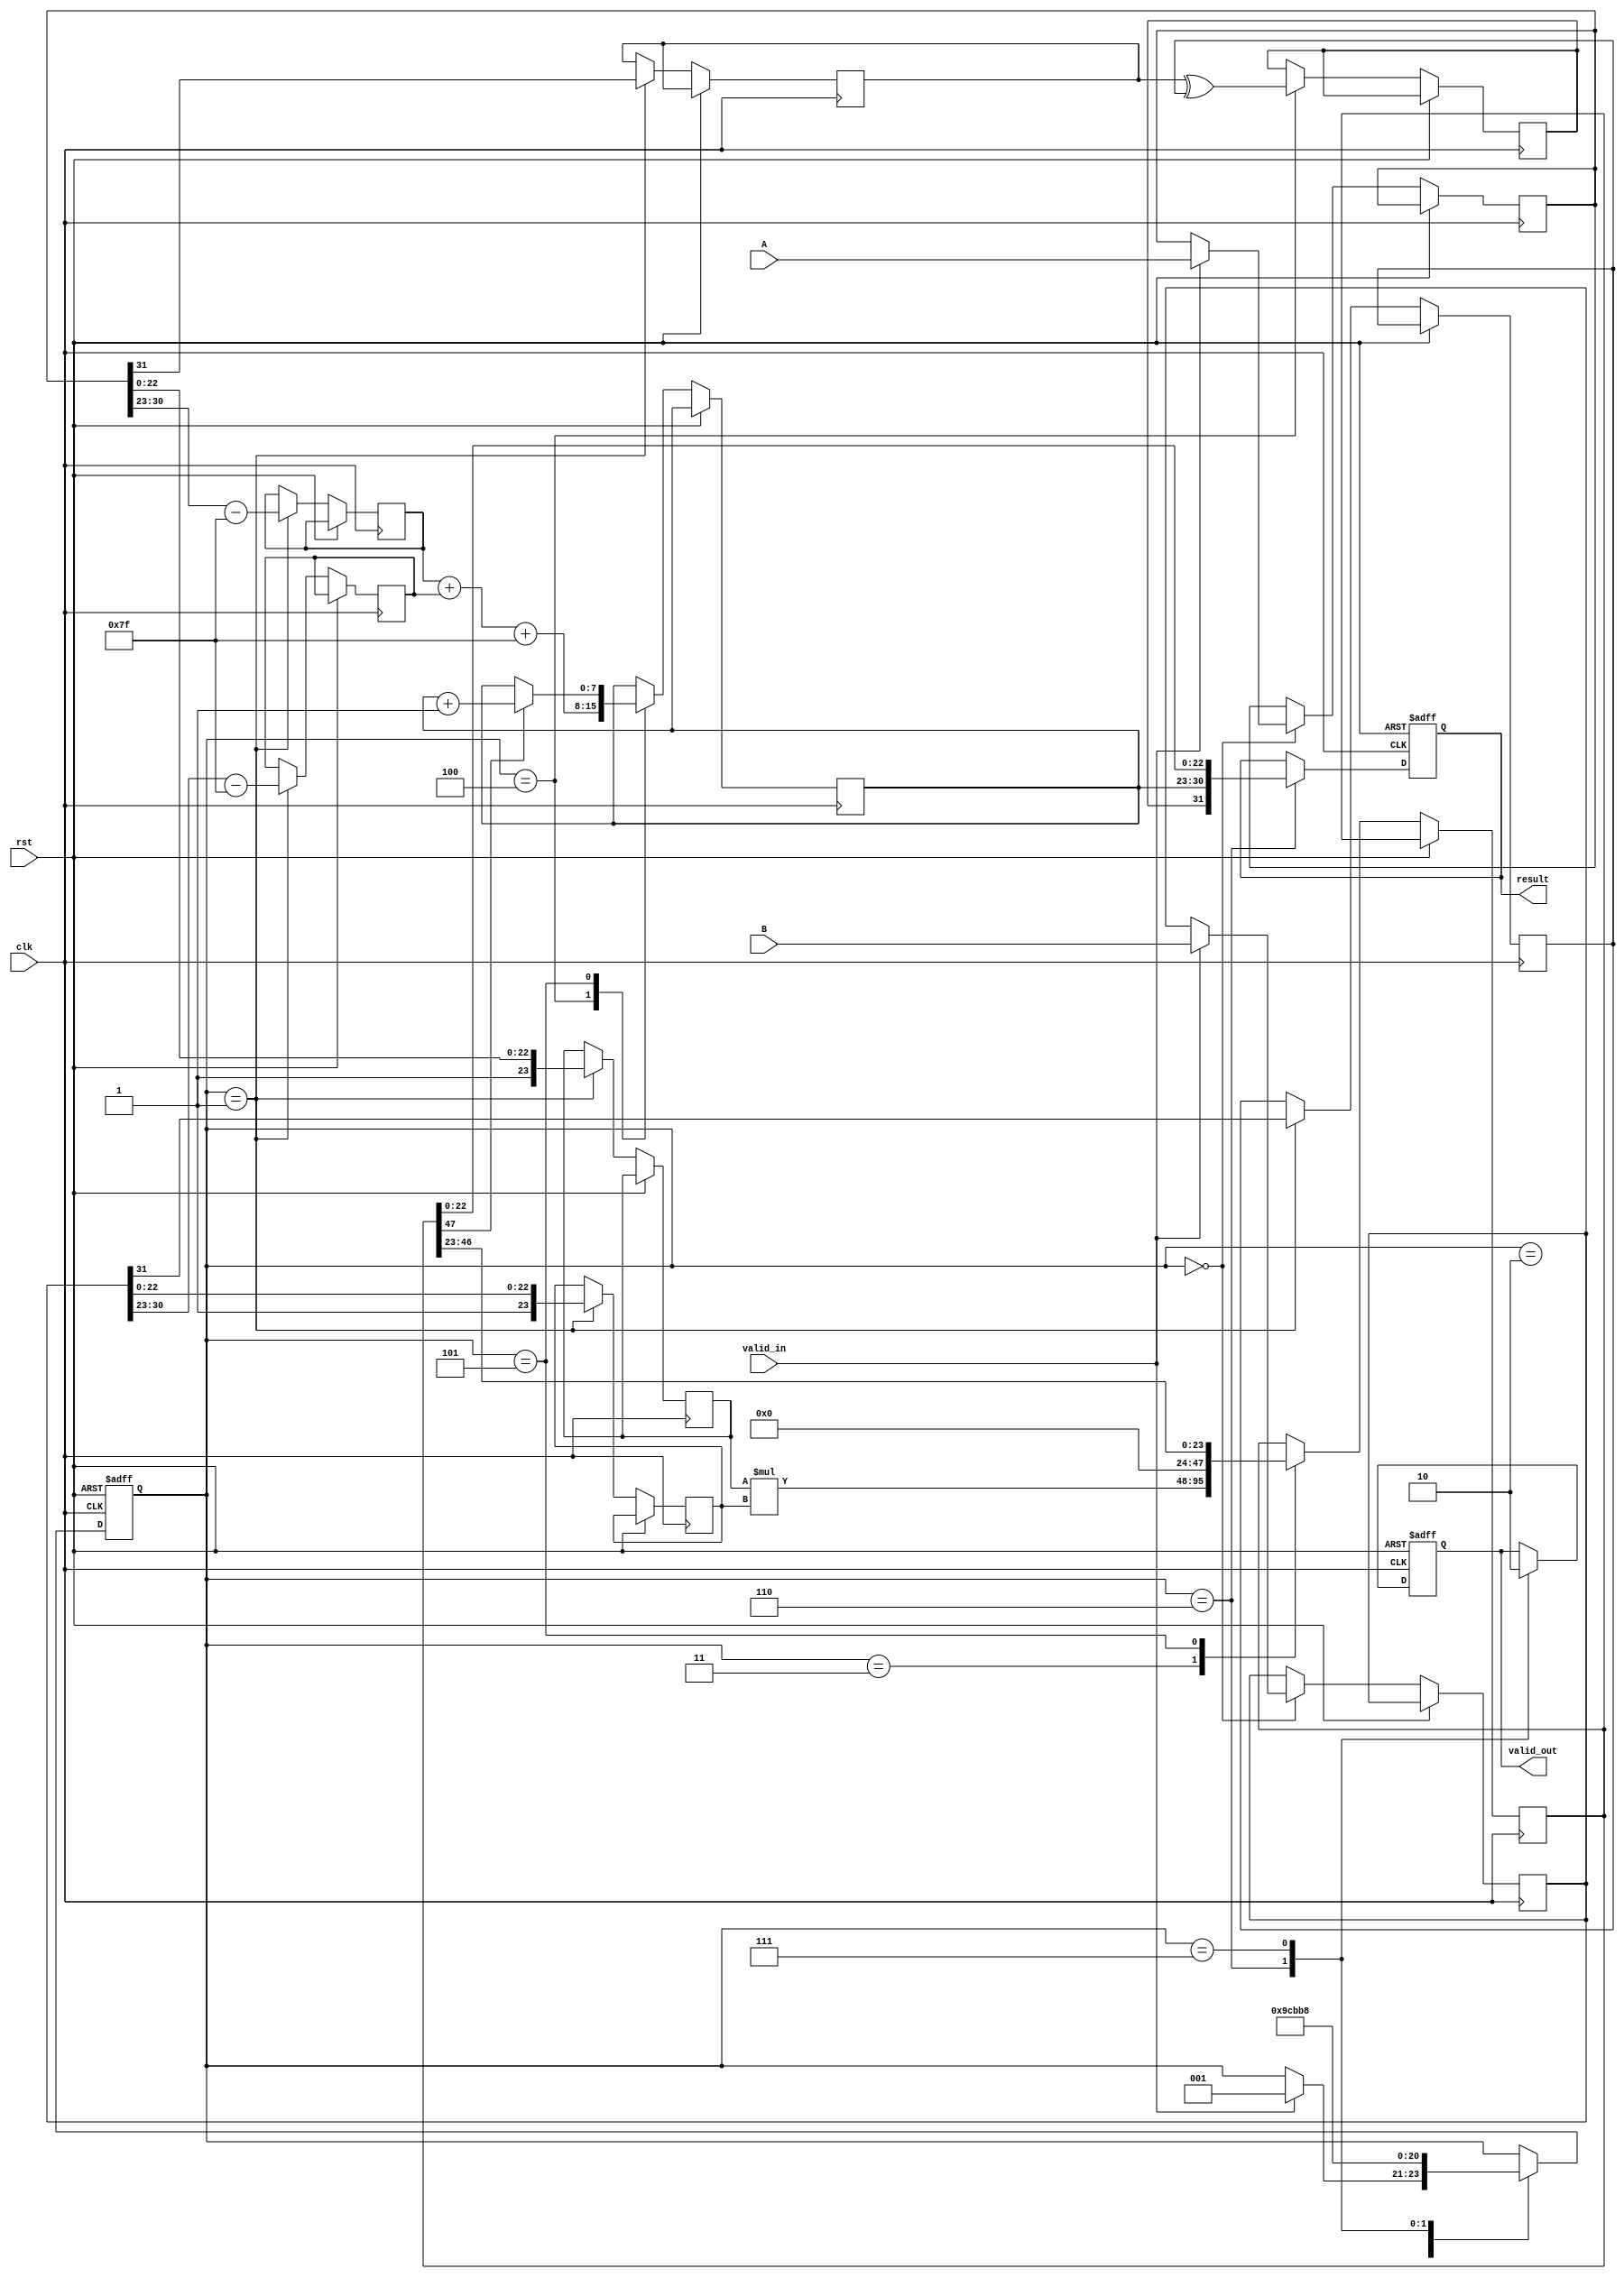
module fp_pipelined_multiplier (
    input clk,
    input rst,
    input valid_in,
    input [31:0] A, // 32-bit floating-point input A
    input [31:0] B, // 32-bit floating-point input B
    output reg valid_out,
    output reg [31:0] result // 32-bit floating-point result
);

    // Pipeline registers
    reg [31:0] A_reg, B_reg;
    reg [23:0] mantissa_A, mantissa_B;
    reg [7:0] exponent_A, exponent_B;
    reg sign_A, sign_B;
    reg [47:0] mantissa_product; // 48 bits to hold the product
    reg [7:0] exponent_result;
    reg sign_result;
    
    // Control signals
    reg [2:0] state; // State for pipeline stages
    localparam IDLE = 3'b000, INPUT_STAGE = 3'b001, NORMALIZE_STAGE = 3'b010,
               MULTIPLY_STAGE = 3'b011, EXPONENT_STAGE = 3'b100,
               NORMALIZE_RESULT_STAGE = 3'b101, ROUNDING_STAGE = 3'b110, OUTPUT_STAGE = 3'b111;

    // State machine for pipelining
    always @(posedge clk or posedge rst) begin
        if (rst) begin
            state <= IDLE;
            valid_out <= 0;
            result <= 32'b0;
        end else begin
            case (state)
                IDLE: begin
                    if (valid_in) begin
                        A_reg <= A;
                        B_reg <= B;
                        state <= INPUT_STAGE;
                    end
                end
                
                INPUT_STAGE: begin
                    // Decompose A and B into sign, exponent, and mantissa
                    sign_A <= A_reg[31];
                    exponent_A <= A_reg[30:23] - 8'd127; // Remove bias
                    mantissa_A <= {1'b1, A_reg[22:0]}; // Implicit leading 1
                    sign_B <= B_reg[31];
                    exponent_B <= B_reg[30:23] - 8'd127; // Remove bias
                    mantissa_B <= {1'b1, B_reg[22:0]}; // Implicit leading 1
                    state <= NORMALIZE_STAGE;
                end
                
                NORMALIZE_STAGE: begin
                    // Normalization can be added here if necessary
                    state <= MULTIPLY_STAGE;
                end
                
                MULTIPLY_STAGE: begin
                    // Perform multiplication of mantissas
                    mantissa_product <= mantissa_A * mantissa_B;
                    state <= EXPONENT_STAGE;
                end
                
                EXPONENT_STAGE: begin
                    // Calculate the resulting exponent
                    exponent_result <= exponent_A + exponent_B + 8'd127; // Add bias
                    sign_result <= sign_A ^ sign_B; // XOR for sign
                    state <= NORMALIZE_RESULT_STAGE;
                end
                
                NORMALIZE_RESULT_STAGE: begin
                    // Normalize the product mantissa
                    // Shift left if necessary
                    if (mantissa_product[47]) begin
                        mantissa_product <= mantissa_product >> 1;
                        exponent_result <= exponent_result + 1;
                    end
                    // Truncate to 24 bits
                    mantissa_product <= mantissa_product[46:23];
                    state <= ROUNDING_STAGE;
                end
                
                ROUNDING_STAGE: begin
                    // Rounding logic (round to nearest)
                    // Implement rounding logic if necessary
                    // For simplicity, we will just truncate here
                    result <= {sign_result, exponent_result[7:0], mantissa_product[22:0]};
                    valid_out <= 1;
                    state <= OUTPUT_STAGE;
                end
                
                OUTPUT_STAGE: begin
                    // Wait for the next input
                    valid_out <= 0;
                    state <= IDLE;
                end
                
                default: state <= IDLE;
            endcase
        end
    end
endmodule